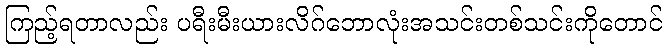
ကြည့်ရတာလည်း ပရီးမီးယားလိဂ်ဘောလုံးအသင်းတစ်သင်းကိုတောင်